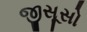
જીસૂસો